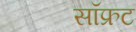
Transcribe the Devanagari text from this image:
सॉफ्रट